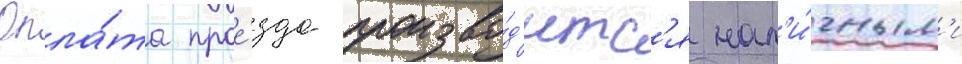
Опла́та прое́зда произво́д'итс'я нал'и́чным'и